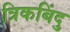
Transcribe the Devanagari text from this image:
त्रिकबिंदु